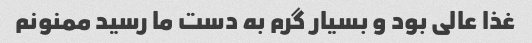
غذا عالی بود و بسیار گرم به دست ما رسید ممنونم